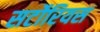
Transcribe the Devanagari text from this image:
सर्टोरियस